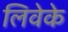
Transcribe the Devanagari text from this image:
लिवेके